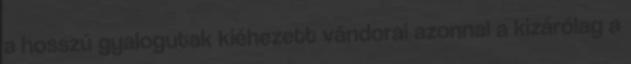
a hosszú gyalogutak kiéhezett vándorai azonnal a kizárólag a